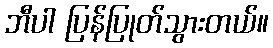
ဘီပါ ပြန်ပြုတ်သွားတယ်။